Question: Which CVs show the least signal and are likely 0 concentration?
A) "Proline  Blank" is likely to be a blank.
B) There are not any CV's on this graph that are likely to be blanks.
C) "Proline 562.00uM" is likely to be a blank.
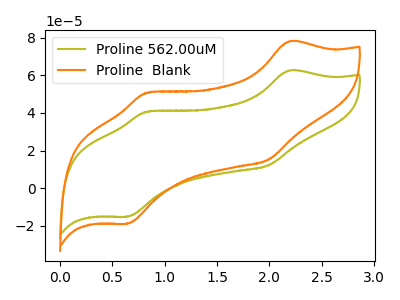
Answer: <think>The olive curve "Proline 562.00uM" has anodic peaks at (2.20V, 62.60uA) (0.85V, 40.65uA) and cathodic peaks at (2.00V, 12.15uA) (0.65V, -15.10uA). The orange curve "Proline  Blank" has anodic peaks at (2.20V, 78.10uA) (0.85V, 50.75uA) and cathodic peaks at (2.00V, 15.15uA) (0.65V, -18.80uA).</think>
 <answer>B) There are not any CV's on this graph that are likely to be blanks.</answer>
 <eval>B</eval>